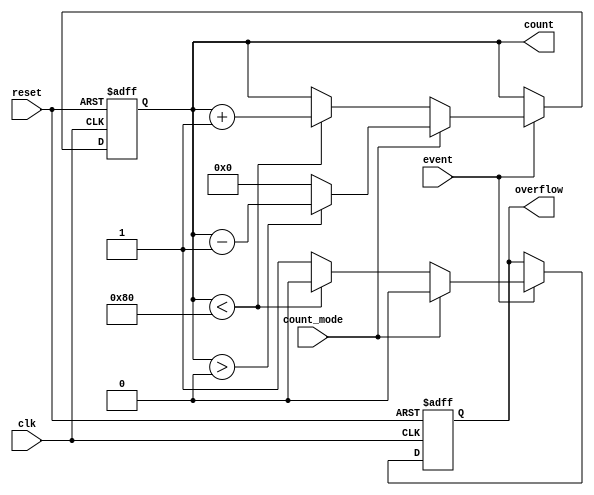
module event_counter #(
    parameter WIDTH = 8 // Bit-width of the counter
) (
    input wire clk,           // Clock signal
    input wire reset,         // Reset signal
    input wire event,         // Event signal for counting
    input wire count_mode,    // Control signal for counting mode (0: Up, 1: Down)
    output reg [WIDTH-1:0] count, // Current count value
    output reg overflow       // Overflow signal
);

    // Initialize the count value
    initial begin
        count = 0;
        overflow = 0;
    end

    // Always block for counting events
    always @(posedge clk or posedge reset) begin
        if (reset) begin
            count <= 0; // Reset the count to zero
            overflow <= 0; // Clear overflow signal
        end else if (event) begin
            if (count_mode == 1'b0) begin
                // Up Counter
                if (count < {1'b1, {WIDTH-1{1'b0}}}) begin // Check for overflow
                    count <= count + 1;
                    overflow <= 0; // No overflow
                end else begin
                    overflow <= 1; // Set overflow if exceeding maximum value
                end
            end else begin
                // Down Counter
                if (count > 0) begin
                    count <= count - 1;
                    overflow <= 0; // No overflow
                end else begin
                    count <= 0; // Prevent underflow
                    overflow <= 0; // No overflow
                end
            end
        end
    end
endmodule